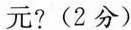
元?(2分)